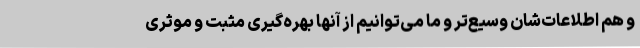
و هم اطلاعات‌شان وسیع‌تر و ما می‌توانیم از آنها بهره‌گیری مثبت و موثری